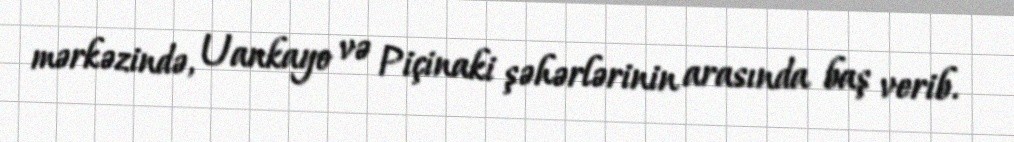
mərkəzində, Uankayo və Piçinaki şəhərlərinin arasında baş verib.